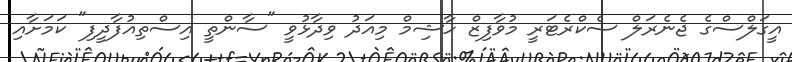
އީގަލްސްގެ ޖެނެރަލް ސެކްރެޓަރީ މުވާފިޒް ހާޝިމް މިއަދު ވިދާޅުވީ "ސާންތީ އިސްތިއުފާދީފި" ކަމަށާއި